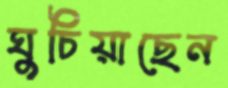
ঘুচিয়াছেন